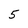
Character: 5